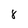
Character: 8